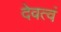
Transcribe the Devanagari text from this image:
देवत्वं